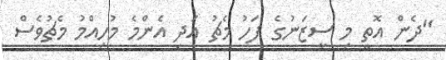
"ދެން އޮތީ މި ސީޒަނުގެ ފަހު މެޗު އަދި އެންމެ މުހިއްމު މެޗުވެސް